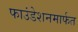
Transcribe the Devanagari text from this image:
फाउंडेशनमार्फत